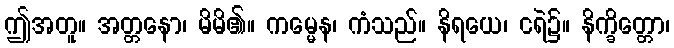
ဤအတူ။ အတ္တနော၊ မိမိ၏။ ကမ္မေန၊ ကံသည်။ နိရယေ၊ ငရဲ၌။ နိက္ခိတ္တော၊